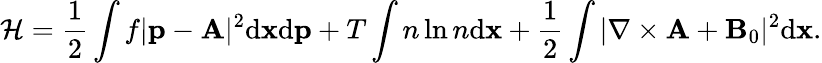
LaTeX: \mathcal{H}=\frac{1}{2}\int f|{\mathbf p}-{\mathbf A}|^{2}\mathrm{d}{\mathbf x}\mathrm{d}{\mathbf p}+T\int n\ln n\mathrm{d}{\mathbf x}+\frac{1}{2}\int|\nabla\times{\mathbf A}+{\mathbf B}_{0}|^{2}\mathrm{d}{\mathbf x}.